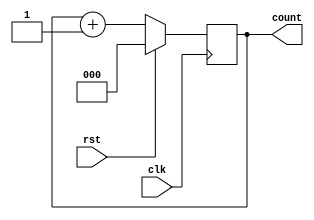
module counter_3_bit(input rst,clk,output reg [2:0]count);
    initial count<=3'b000;
    always @ (posedge (clk))
    if(rst)
        count<=3'b000;
    else
        count<=count+1;
endmodule
module test_mod;
    reg r,c;
    wire [2:0] ct;
    counter_3_bit counter(r,c,ct);
    initial c=1'b0; 
    always #10 c=~c;
    initial
    begin
        $dumpfile("cnt_test.vcd");
        $dumpvars(0,test_mod);
        r=1;
            #20;
        r=0;
            #200;
        r=1;
            #20;
         $finish;
    end
endmodule